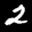
Label: 2